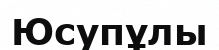
Юсупұлы